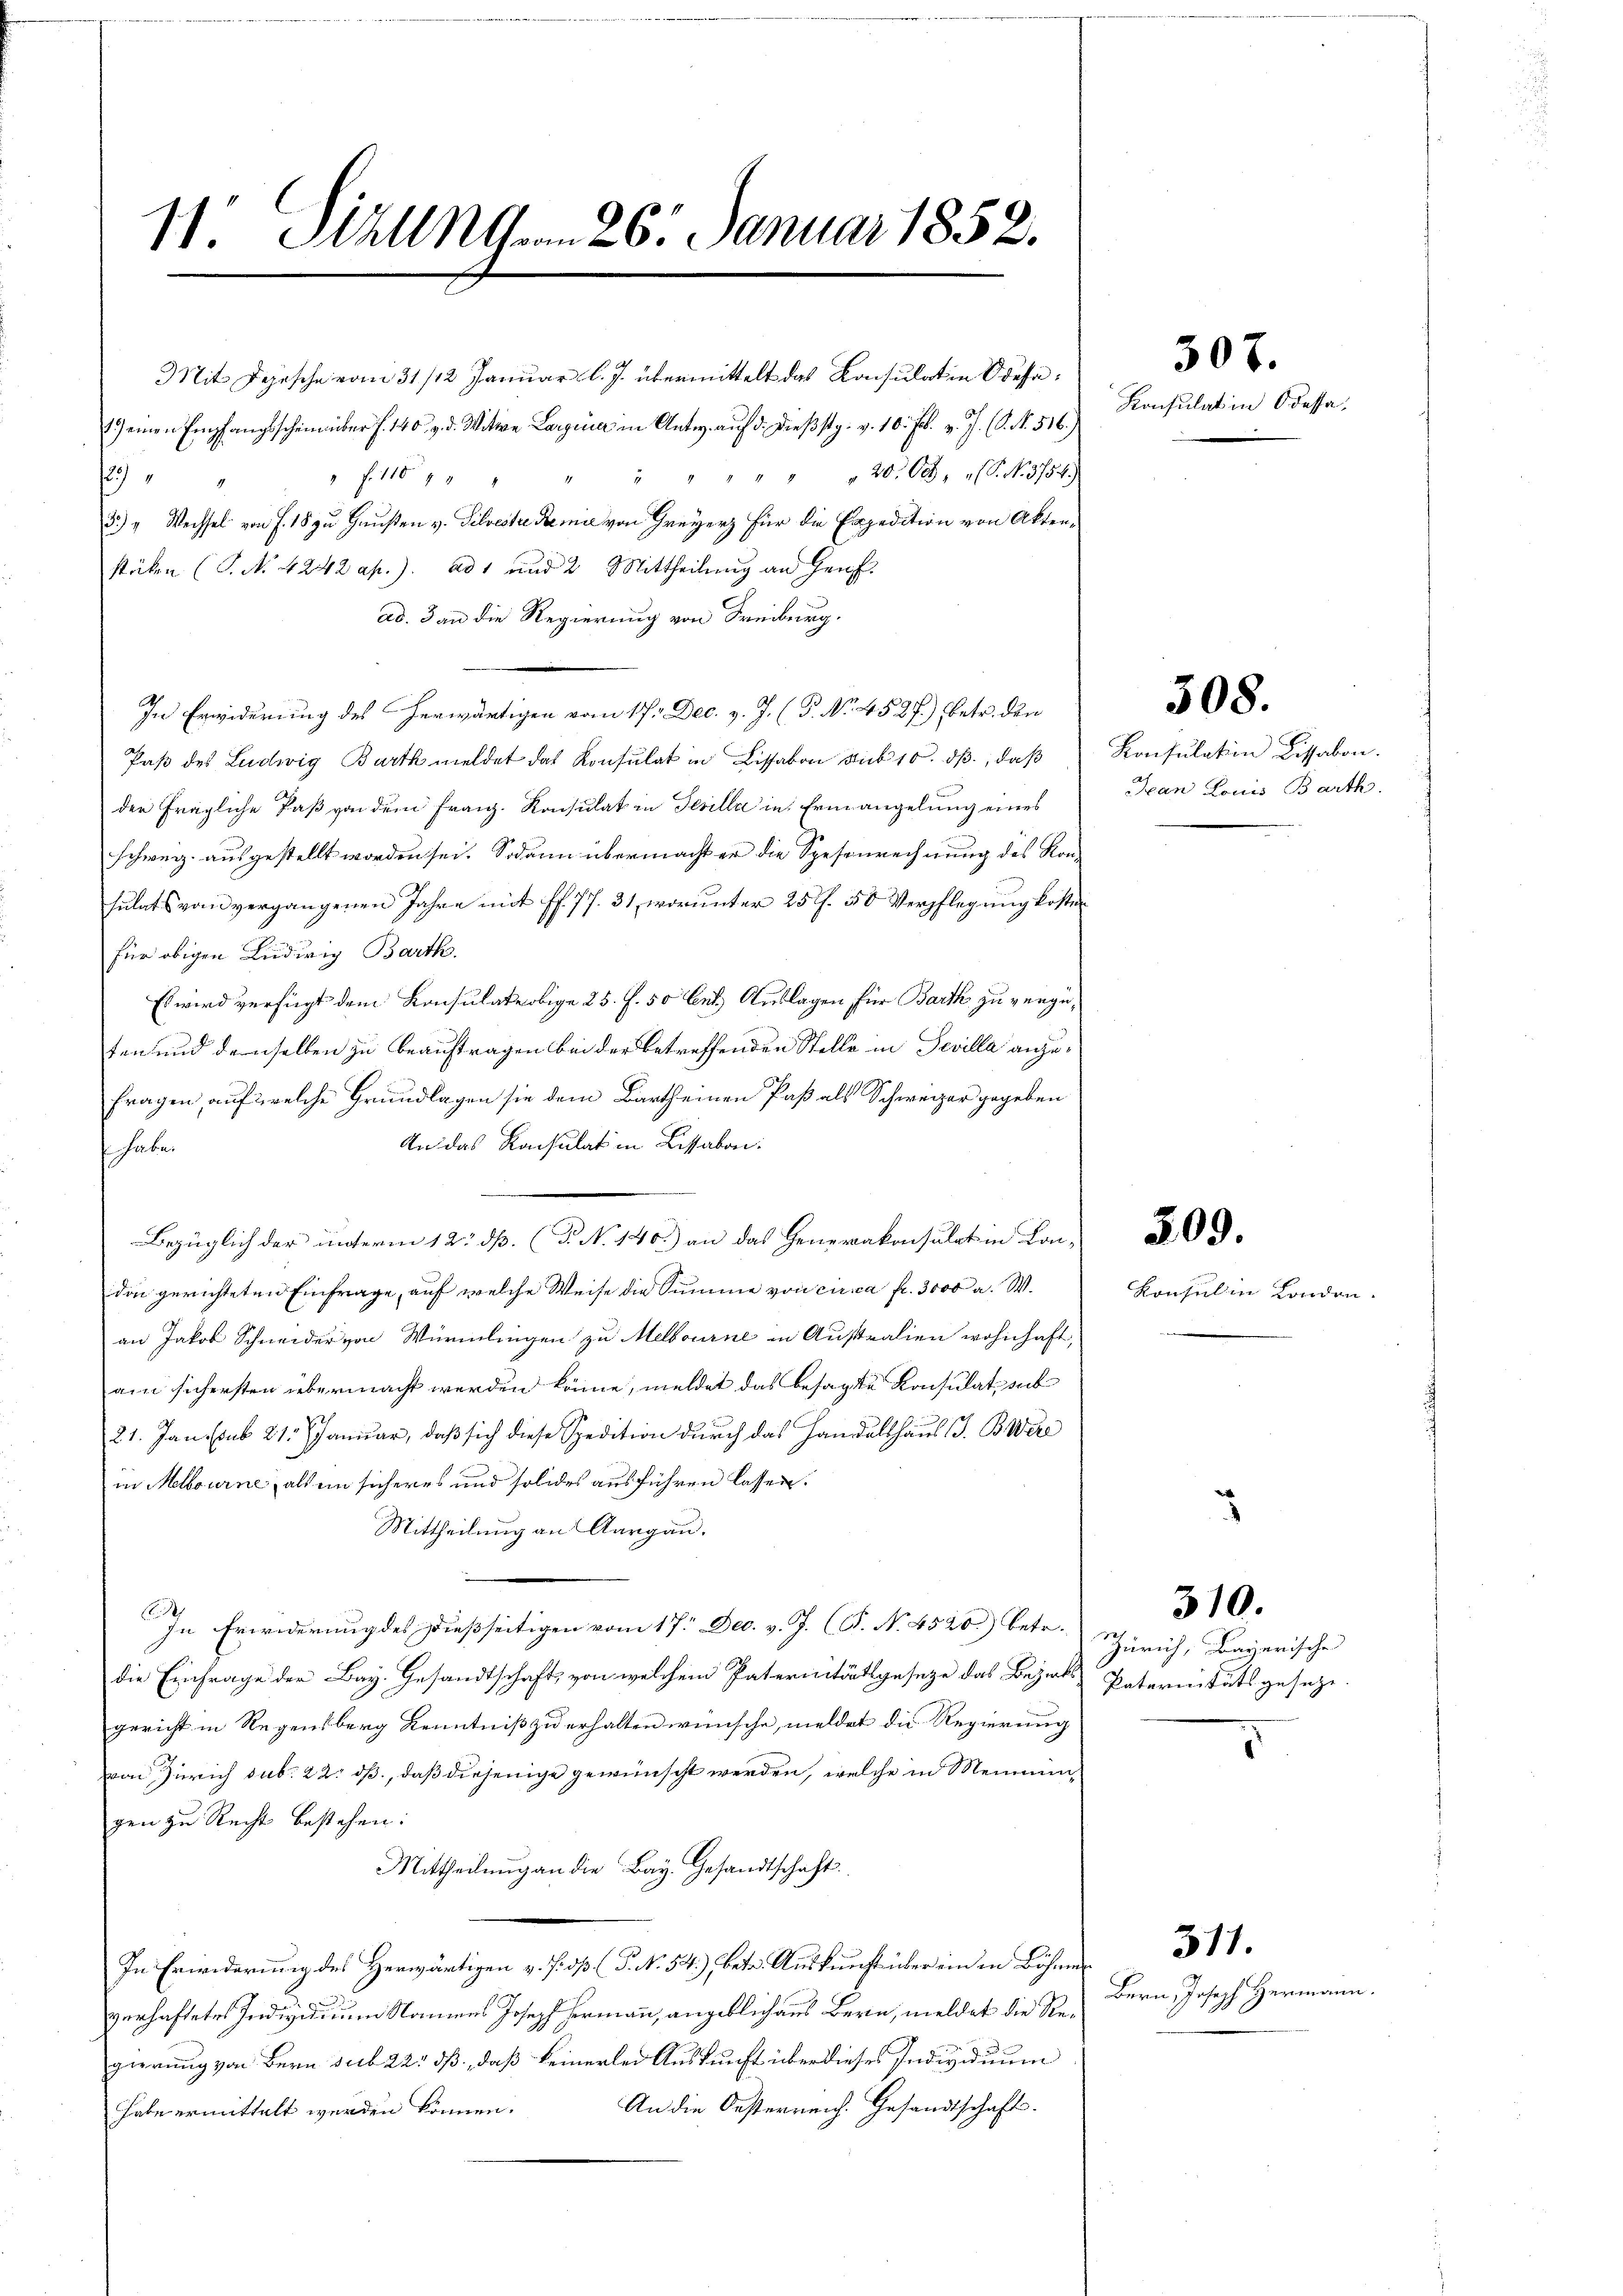
11. Sizung . . 26. Januar 1852.

Mit Schische vom 31./12. Januar l. J. übermittelt das Konsulat in Odesa
1.) einen Empfangsschein über f. 140. v. d. Witwe Largenia in Antw. auf d. dießstg. v. 10. Jb. v. J. (N. N. 516.)
" " " 20. 68, S. N. 3754.
29
" fr. 11614 " "
i
3.) " Wechsel von J. 18 zu Hausen v. Silveste Semie von Greyerz für die Expedition von Aktenstücken (S. No 4242 ap.). ad 1 und 2 Mittheilung an Heufad. 3 an die Regierung von Freiburg.
In Erwiderung des herwärtigen vom 17. Dec. v. J. (T. No. 4527.) (betr. den
Paß des Ludwig Barth meldet das Konsulat in Lissabon Sub 10. dß, daß
der fragliche Faß von dem Franz. Konsulat in Gesella in Ermangelung eines
schweiz. ausgestellt worden sei. Sodann übermacht er die Spesenrechnung des Konsulats von vergangenen Jahre mit Pf. 77. 31, worunter 25 f. 50 Verpflegung koste
für obigen Ludwig Barth.
Es wird verfügt dem Konsulateobige 25. f. 50 bes. Auslagen für Barth zu vergüten und denselben zu beauftragen bei der betreffenden Stelle in Sevilla anzufragen, auf welche Grundlagen sie dem Bartheinen Paß als Schweizer gegeben
An das Konsulat in Lissabon.
f habe.
don gerichteten Einfrage, auf welche Weise die Summe von circa Fr. 3000 a. W.
an Jakob Schneider von Würmlingen zu Melbourne in Australien wohnhaft,
am sichersten übermacht werden könne, meldet das besagte Konsulat, sub
21. Jans sub 21. Januar, daß sich diese Spedition durch das Handelshaus J. B. Were
in Melbourne, als ein sicheres und solides ausführen lassen.
Mittheilung an Aargau.

In Erwiderung des dießseitigen vom 17. Dec. v. J. (T. No. 4520.) betr.
die Einfrage der Bay. Gesandtschaft, von welchem Paterinitätsgesetze das Bezirks
gericht in Regensberg Kenntniß zu erhalten wünsche, meldet die Regierung
von Zürich sub. 22. dß, daß diejenige gewünscht werden, welche in Meinungen zu Recht bestehen:
Mittheilung an die Bay. Gesandtschaft
In Erwiderung des Herwärtigen v. J. dß. (T. N. 54.), betr. Auskunft über ein in Böhmen
2
verhaftetes Individuum Namens Joseph Hermann, angeblich aus Bern, meldet die Regierung von Bern sub 22: dß, daß keinerlei Auskunft über dieses Individuum
An die Oesterreich. Gesandtschafts-
habe ermittelt werden können.

Bezüglich der unterm 12. dß. (T. N. 140.) an das Generakonsulat in Kon-

Konsulat in Odessa.

Konsulation Bissabon.
Jean Louis Barth.

509.

307.

508.

Konsul in London.

3

Zürich, Bayerische
Paternitätsgesetze.

310.

Bern, Joseph Hermann

311.